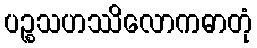
ပဉ္စသဟဿိလောကဓာတုံ